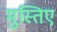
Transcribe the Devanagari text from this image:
मुस्तिए